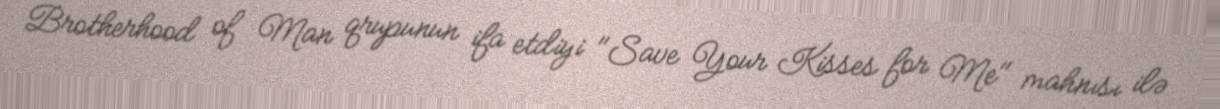
Brotherhood of Man qrupunun ifa etdiyi "Save Your Kisses for Me" mahnısı ilə